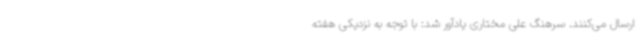
ارسال می‌کنند. سرهنگ علی مختاری یادآور شد: با توجه به نزدیکی هفته